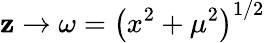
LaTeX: \mathbf{z}\rightarrow\omega=\left(x^{2}+\mu^{2}\right)^{1/2}